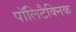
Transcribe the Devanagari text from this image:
पॉलिटैक्निक